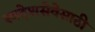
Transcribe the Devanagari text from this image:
स्वदेशसेवेसाठी